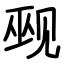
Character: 觋